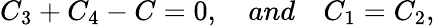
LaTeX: C_{3}+C_{4}-C=0,\quad and\quad C_{1}=C_{2},